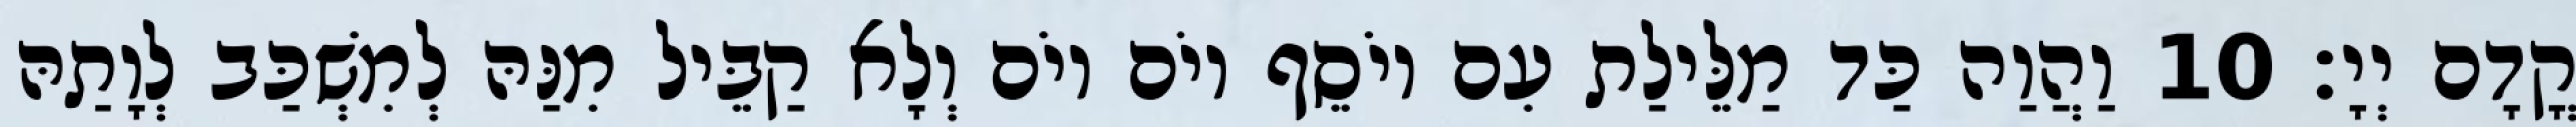
קֳדָם יְיָ׃ 10 וַהֲוַה כַּד מַלֵּילַת עִם יוֹסֵף יוֹם יוֹם וְלָא קַבֵּיל מִנַּהּ לְמִשְׁכַּב לְוָתַהּ